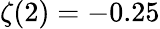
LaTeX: \zeta(2)=-0.25